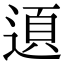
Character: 𨔞